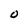
Character: O